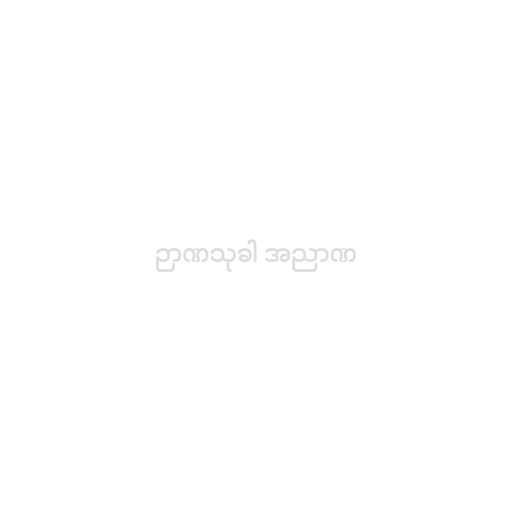
ဉာဏသုခါ အညာဏ